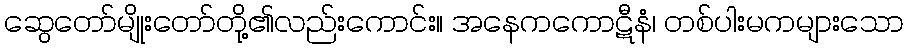
ဆွေတော်မျိုးတော်တို့၏လည်းကောင်း။ အနေကကောဋီနံ၊ တစ်ပါးမကများသော